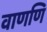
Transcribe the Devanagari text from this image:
वाणणि